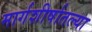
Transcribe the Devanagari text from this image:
मार्गशीर्षातल्या